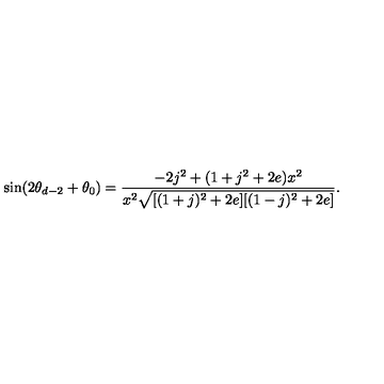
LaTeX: \sin ( 2 \theta _ { d - 2 } + \theta _ { 0 } ) = \frac { - 2 j ^ { 2 } + ( 1 + j ^ { 2 } + 2 e ) x ^ { 2 } } { x ^ { 2 } \sqrt { [ ( 1 + j ) ^ { 2 } + 2 e ] [ ( 1 - j ) ^ { 2 } + 2 e ] } } .